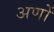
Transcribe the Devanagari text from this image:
अणों